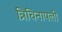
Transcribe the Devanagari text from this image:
त्रिचिनापली